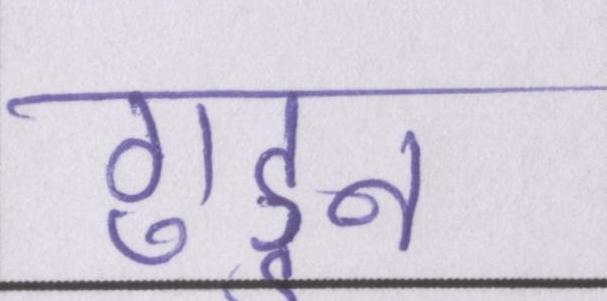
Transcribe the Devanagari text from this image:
गुड्डन